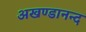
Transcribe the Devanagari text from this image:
अखण्डानन्द